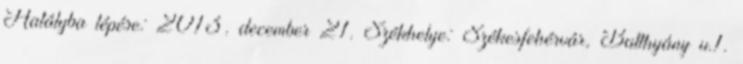
Hatályba lépése: 2013. december 21. Székhelye: Székesfehérvár, Batthyány u.1.